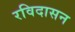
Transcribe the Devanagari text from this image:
रविदासन